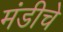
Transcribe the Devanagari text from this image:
मंडीचे